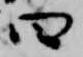
曰